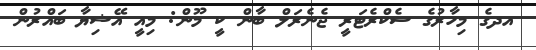
އދގެ މިހާރުގެ ސެކްރެޓަރީ ޖެނެރަލް ބާން ކީ މޫން: މިއީ އޭޝިޔާ ބައްރުން